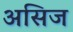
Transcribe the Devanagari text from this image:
असिज